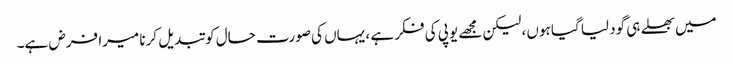
میں بھلے ہی گود لیا گیا ہوں، لیکن مجھے یوپی کی فکر ہے ، یہاں کی صورت حال کو تبدیل کرنا میرا فرض ہے۔